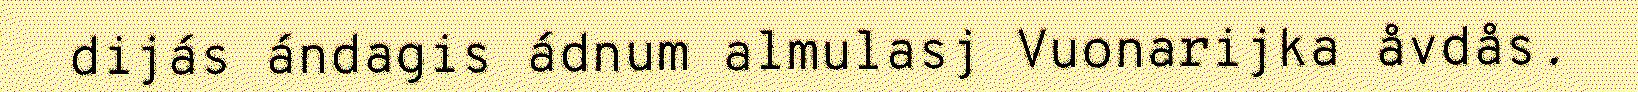
dijás ándagis ádnum almulasj Vuonarijka åvdås.